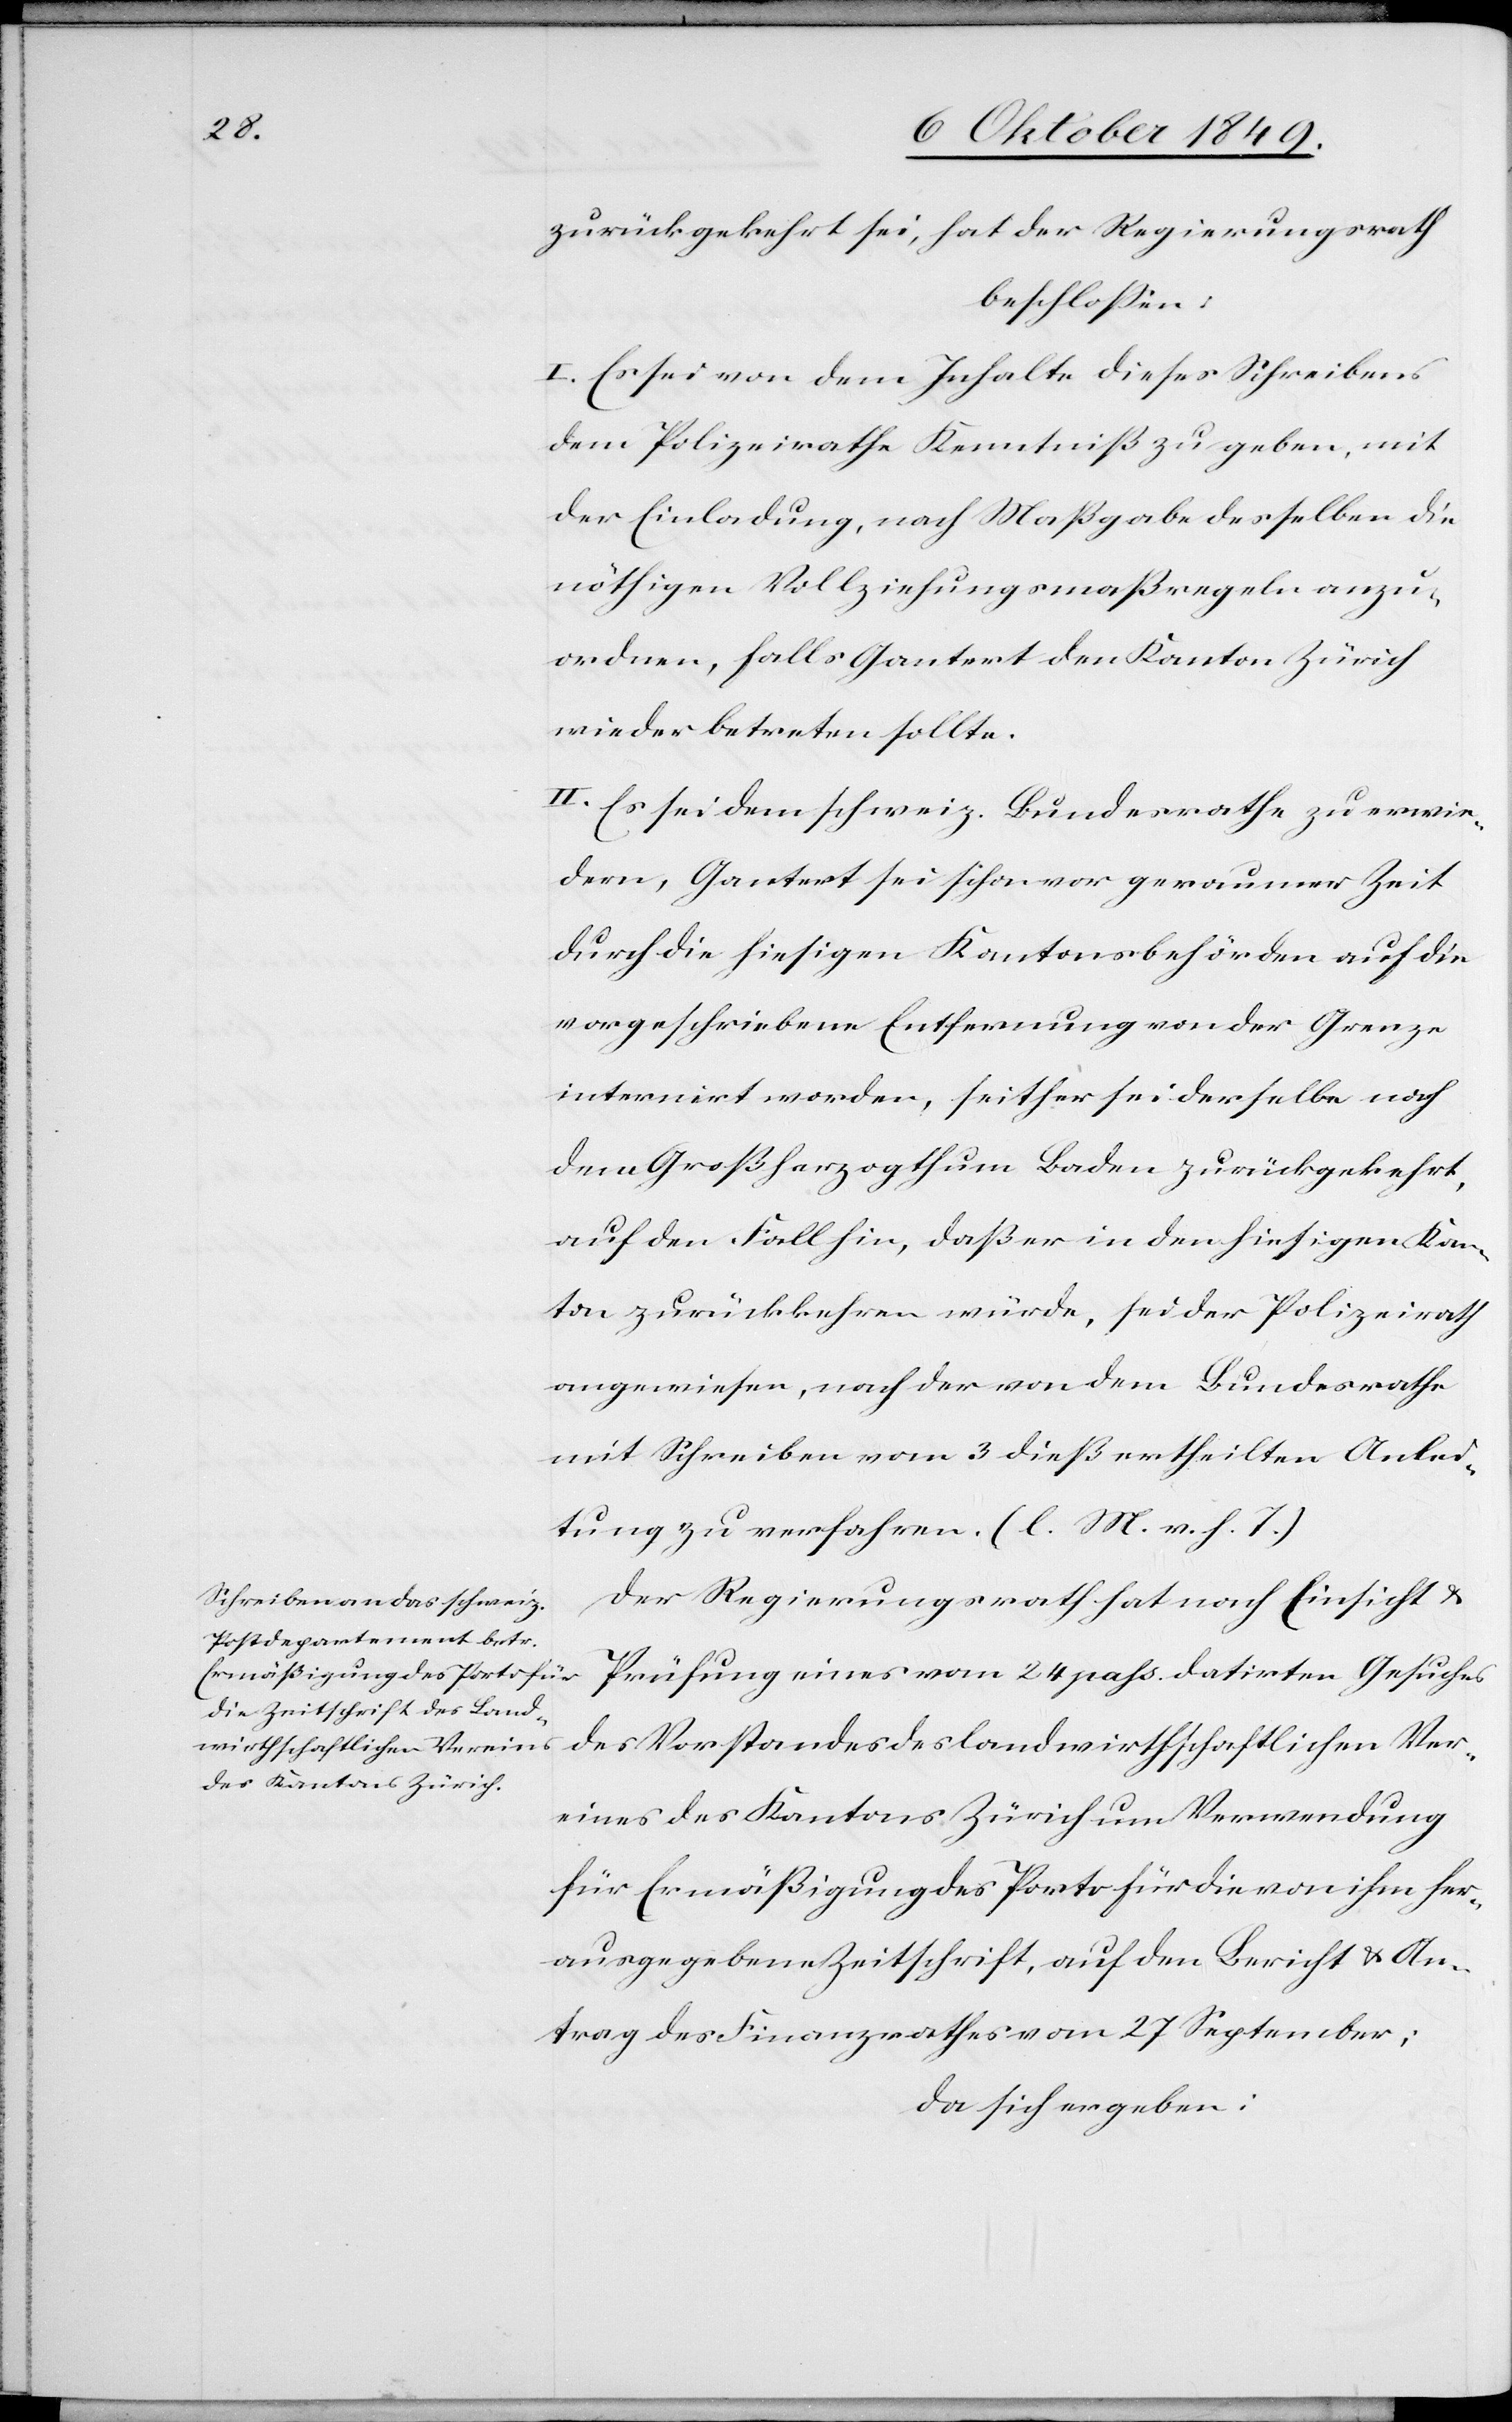
zurückgekehrt sei, hat der Regierungsrath
beschloßen:
I. Es sei von dem Inhalte dieses Schreibens
dem Polizeirathe Kenntniß zu geben, mit
der Einladung, nach Maßgabe desselben die
nöthigen Vollziehungsmaßregeln anzu¬
ordnen, falls Gantert den Kanton Zürich
wieder betreten sollte.
II. Es sei dem schweiz. Bundesrathe zu erwie¬
dern, Gantert sei schon vor geraumer Zeit
durch die hiesigen Kantonsbehörden auf die
vorgeschriebene Entfernung von der Grenze
internirt worden, seither sei derselbe nach
dem Großherzogthum Baden zurückgekehrt,
auf den Fall hin, daß er in den hiesigen Kan¬
ton zurückkehren würde, sei der Polizeirath
angewiesen, nach der von dem Bundesrathe
mit Schreiben vom 3 dieß ertheilten Anlei¬
tung zu verfahren. [l. M. v. h. T]
Der Regierungsrath hat nach Einsicht u.
Prüfung eines vom 24 pass. datirten Gesuches
des Vorstandes des landwirthschaftlichen Ver¬
eines des Kantons Zürich und Verwendung
für Ermäßigung des Porto für die von ihm her¬
ausgegebene Zeitschrift, auf dem Bericht u. An¬
trag des Finanzrathes vom 27 September;
da sich ergeben: